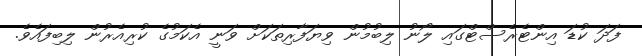
ފަދަ ކުޑަ އިންޓެރެސްޓްގައި ލޯނު ލިބުމުން ވިޔަފާރިތަކަށް ވަނީ އެކަމުގެ ކުރިއެރުން ލިބިފައެވެ.